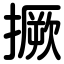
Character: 撅